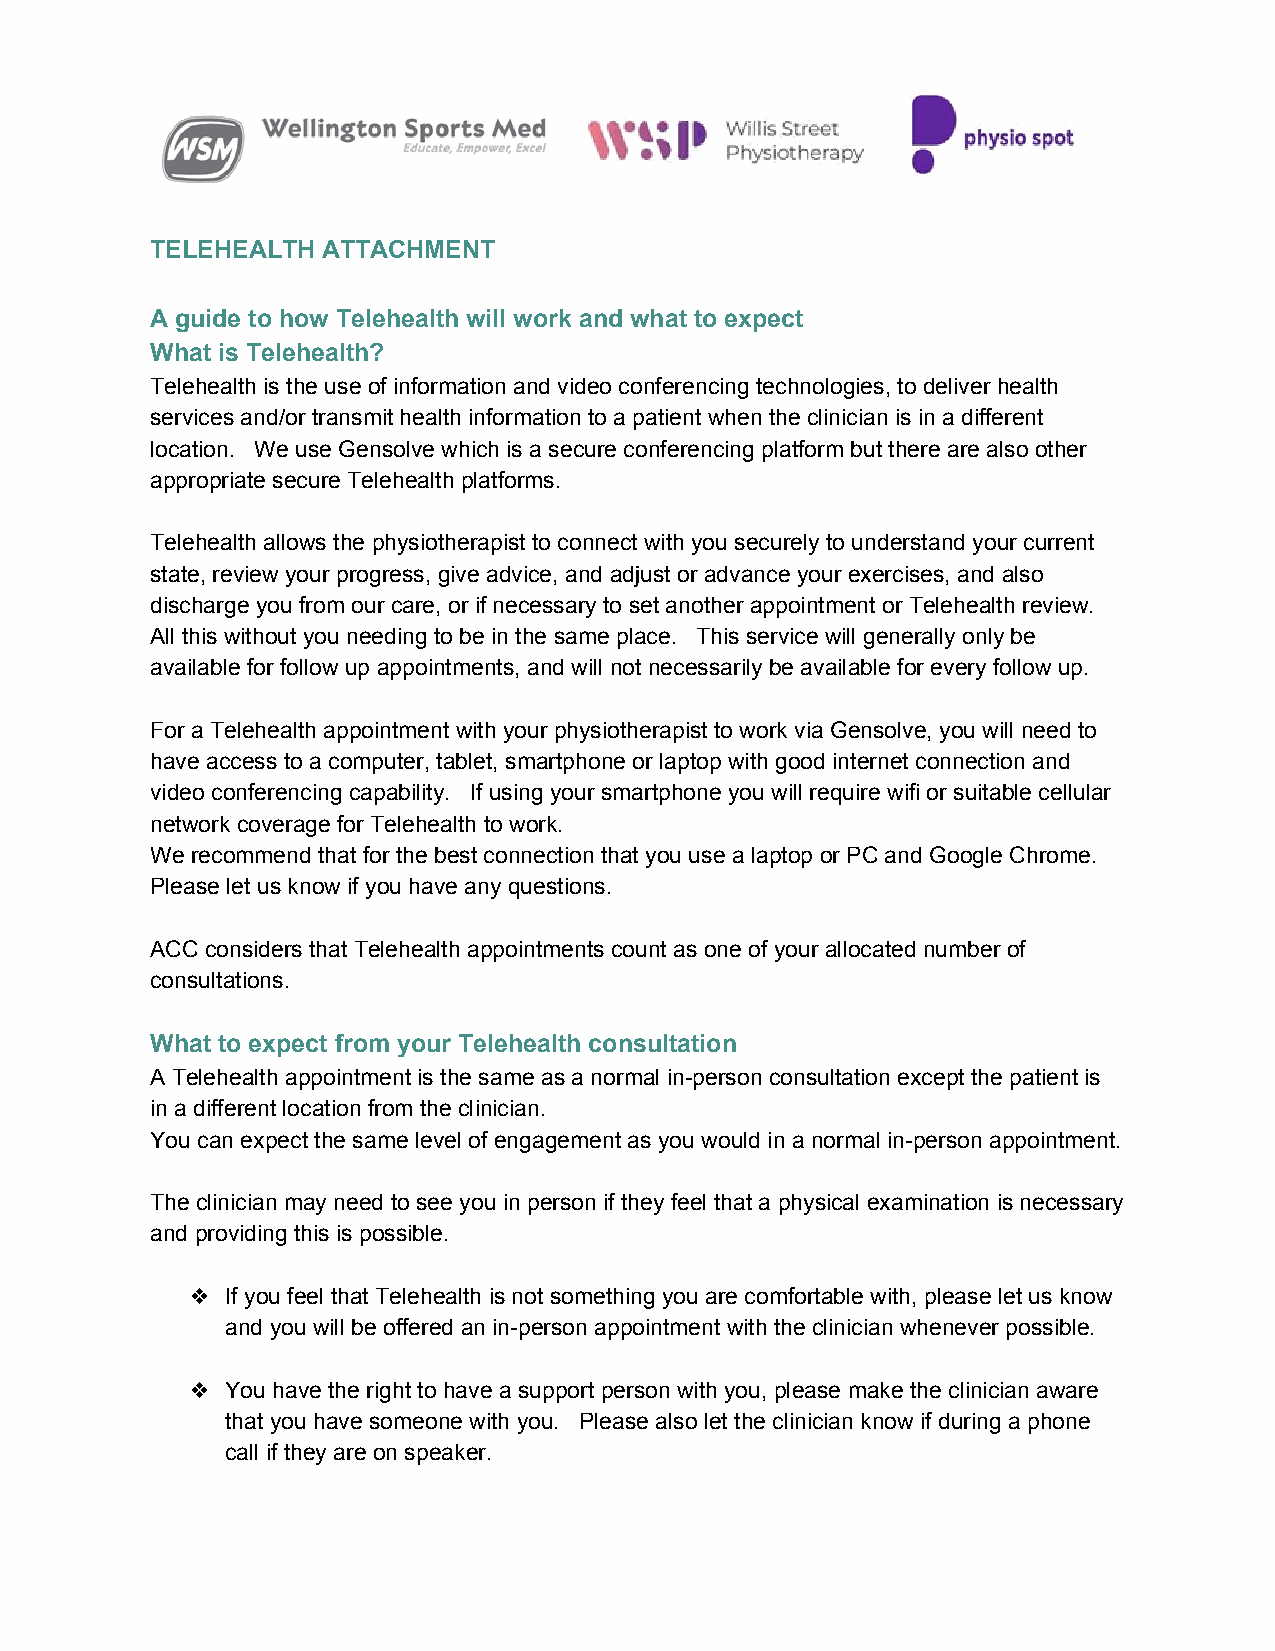
TELEHEALTH ATTACHMENT
 A guide to how Telehealth will work and what to expect
 What is Telehealth?
 Telehealth is the use of information and video conferencing technologies, to deliver health
 services and/or transmit health information to a patient when the clinician is in a different
 location. We use Gensolve which is a secure conferencing platform but there are also other
 appropriate secure Telehealth platforms.
 Telehealth allows the physiotherapist to connect with you securely to understand your current
 state, review your progress, give advice, and adjust or advance your exercises, and also
 discharge you from our care, or if necessary to set another appointment or Telehealth review.
 All this without you needing to be in the same place. This service will generally only be
 available for follow up appointments, and will not necessarily be available for every follow up.
 For a Telehealth appointment with your physiotherapist to work via Gensolve, you will need to
 have access to a computer, tablet, smartphone or laptop with good internet connection and
 video conferencing capability. If using your smartphone you will require wifi or suitable cellular
 network coverage for Telehealth to work.
 We recommend that for the best connection that you use a laptop or PC and Google Chrome.
 Please let us know if you have any questions.
 ACC considers that Telehealth appointments count as one of your allocated number of
 consultations.
 What to expect from your Telehealth consultation
 A Telehealth appointment is the same as a normal in-person consultation except the patient is
 in a different location from the clinician.
 You can expect the same level of engagement as you would in a normal in-person appointment.
 The clinician may need to see you in person if they feel that a physical examination is necessary
 and providing this is possible.
 ❖  If you feel that Telehealth is not something you are comfortable with, please let us know
 and you will be offered an in-person appointment with the clinician whenever possible.
 ❖  You have the right to have a support person with you, please make the clinician aware
 that you have someone with you. Please also let the clinician know if during a phone
 call if they are on speaker.